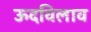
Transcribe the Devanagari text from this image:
ऊदविलाव